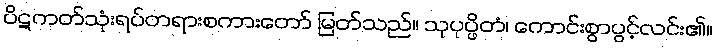
ပိဋကတ်သုံးရပ်တရားစကားတော် မြတ်သည်။ သုပုပ္ဖိတံ၊ ကောင်းစွာပွင့်လင်း၏။